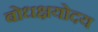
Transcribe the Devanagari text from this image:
बोधक्षयोदय